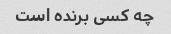
چه کسی برنده است